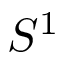
S ^ { 1 }